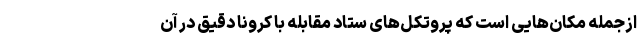
ازجمله مکان‌هایی است که پروتکل‌های ستاد مقابله با کرونا دقیق در آن